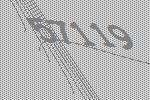
57119